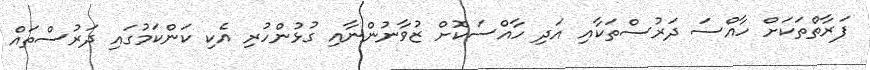
ފަރާތްތަކަށް ހާއްސަ ދަރުސްތަކާއި އަދި ހާއްސަކޮށް ޒުވާނުންނާއި ގުޅުންހުރި އެކި ކަންކަމުގައި ދަރުސްތައް